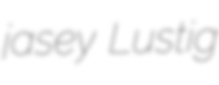
jasey Lustig